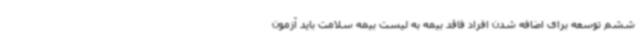
ششم توسعه برای اضافه شدن افراد فاقد بیمه به لیست بیمه سلامت باید آزمون